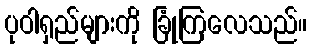
ပုဝါရှည်များကို ခြုံကြလေသည်။